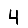
Digit: 4